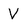
Character: V